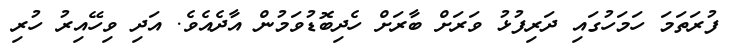
ފުރަތަމަ ހަމަހުގައި ދަރިފުޅު ވަރަށް ބާރަށް ހެދިބޮޑުވަމުން އާދެއެވެ. އަދި ވިހޭއިރު ހުރި